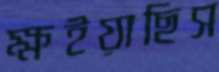
ক্ষইয়াছিস